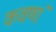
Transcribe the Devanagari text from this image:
कवणां